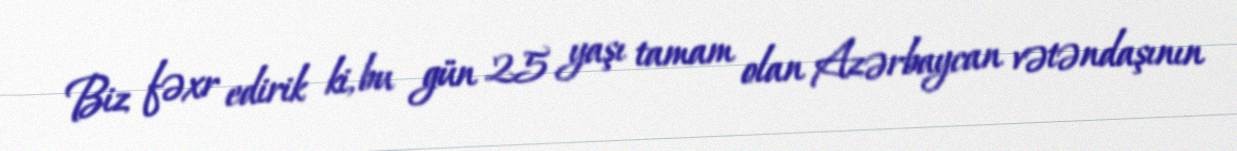
Biz fəxr edirik ki, bu gün 25 yaşı tamam olan Azərbaycan vətəndaşının